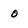
Character: 0